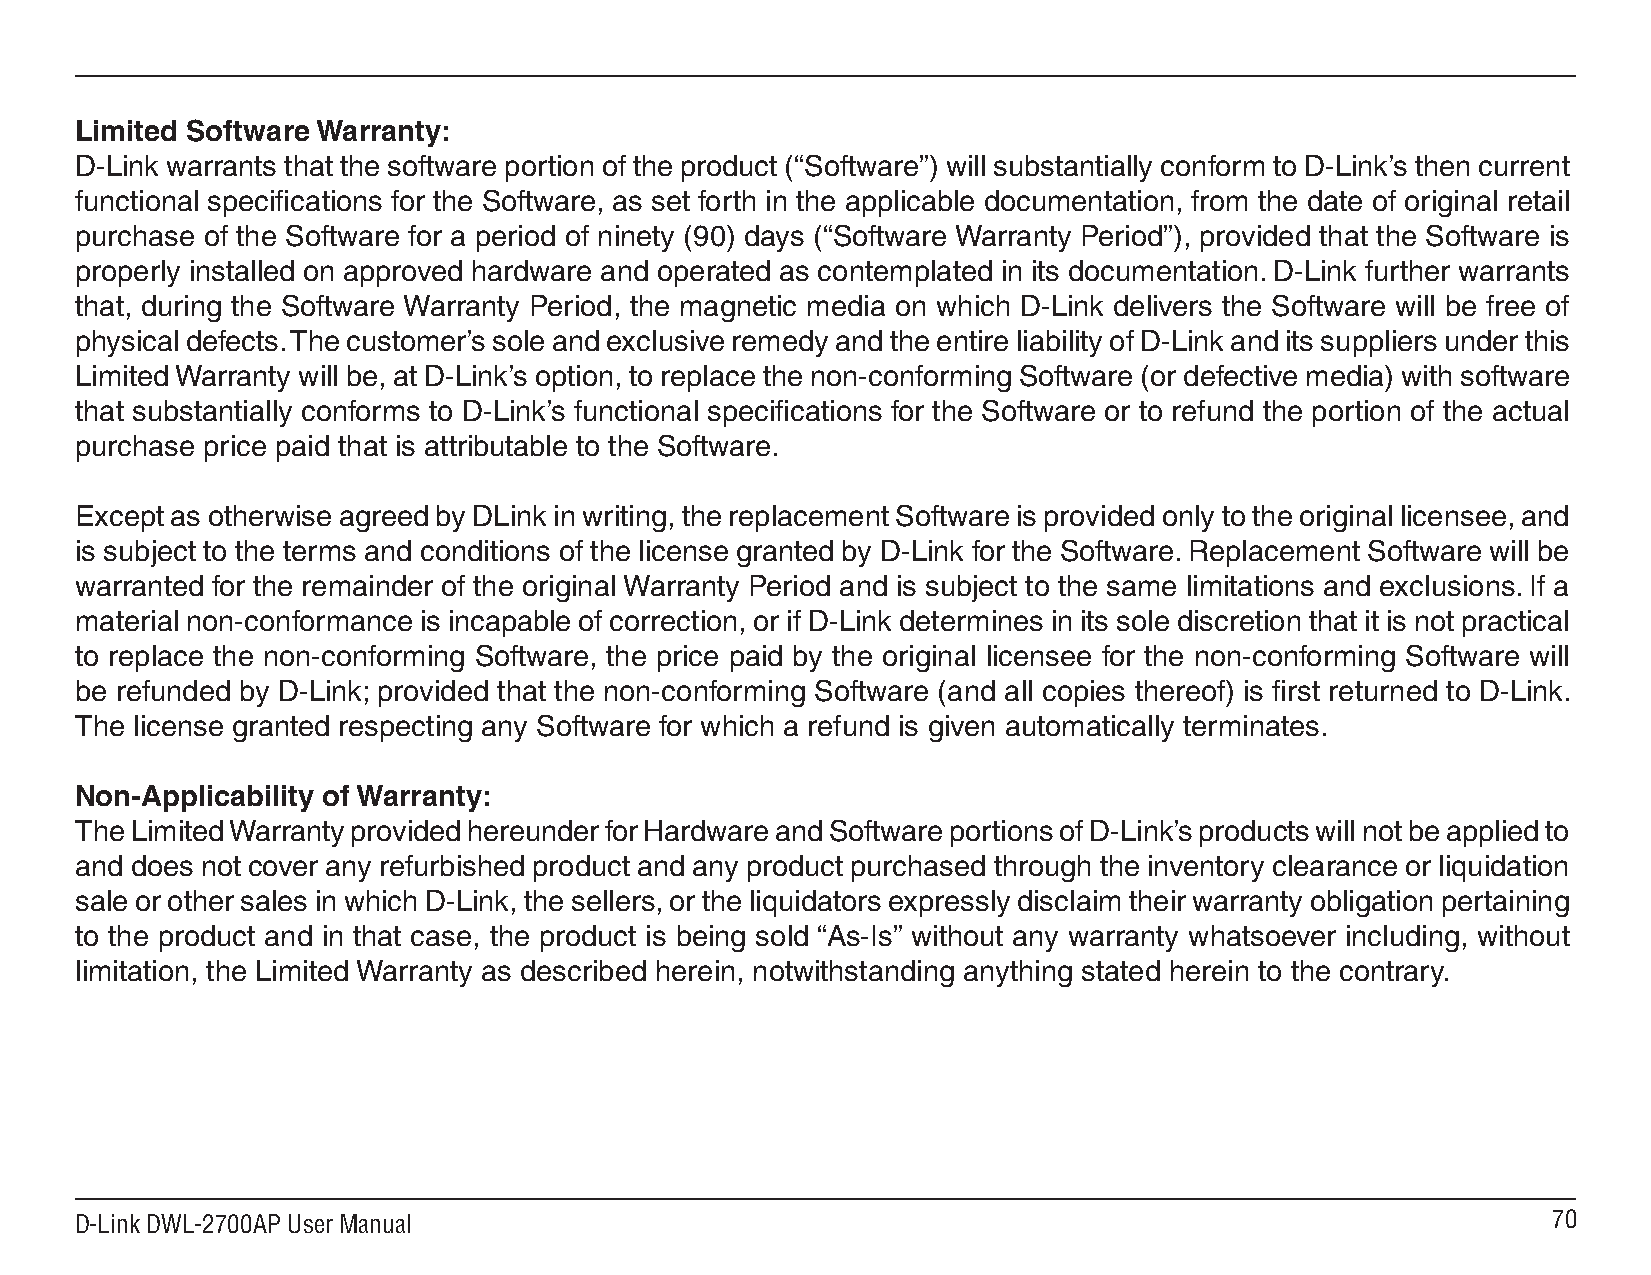
Limited Software Warranty:
 D-Link warrants that the software portion of the product (“Software”) will substantially conform to D-Link’s then current
 functional specifications for the Software, as set forth in the applicable documentation, from the date of original retail
 purchase of the Software for a period of ninety (90) days (“Software Warranty Period”), provided that the Software is
 properly installed on approved hardware and operated as contemplated in its documentation. D-Link further warrants
 that, during the Software Warranty Period, the magnetic media on which D-Link delivers the Software will be free of
 physical defects. The customer’s sole and exclusive remedy and the entire liability of D-Link and its suppliers under this
 Limited Warranty will be, at D-Link’s option, to replace the non-conforming Software (or defective media) with software
 that substantially conforms to D-Link’s functional specifications for the Software or to refund the portion of the actual
 purchase price paid that is attributable to the Software.
 Except as otherwise agreed by DLink in writing, the replacement Software is provided only to the original licensee, and
 is subject to the terms and conditions of the license granted by D-Link for the Software. Replacement Software will be
 warranted for the remainder of the original Warranty Period and is subject to the same limitations and exclusions. If a
 material non-conformance is incapable of correction, or if D-Link determines in its sole discretion that it is not practical
 to replace the non-conforming Software, the price paid by the original licensee for the non-conforming Software will
 be refunded by D-Link; provided that the non-conforming Software (and all copies thereof) is first returned to D-Link.
 The license granted respecting any Software for which a refund is given automatically terminates.
 Non-Applicability of Warranty:
 The Limited Warranty provided hereunder for Hardware and Software portions of D-Link’s products will not be applied to
 and does not cover any refurbished product and any product purchased through the inventory clearance or liquidation
 sale or other sales in which D-Link, the sellers, or the liquidators expressly disclaim their warranty obligation pertaining
 to the product and in that case, the product is being sold “As-Is” without any warranty whatsoever including, without
 limitation, the Limited Warranty as described herein, notwithstanding anything stated herein to the contrary.
 D-Link DWL-2700AP User Manual                                                                     70